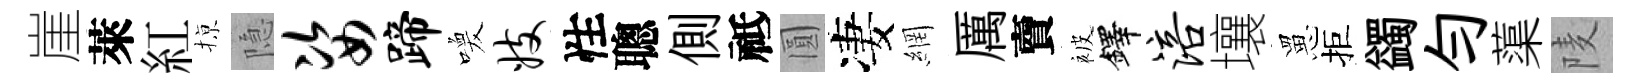
崖萊紅𢱊隐姿蹄喚妓性聰側祗圓凄網厲𧶠被鐸涪壤罳拒蠲匀蕖𨹧